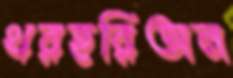
থরহরিঅন